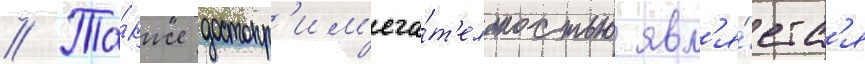
// Та́кже достопр'им'еча́т'ельностью явл'я́етс'я